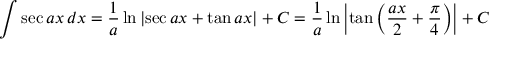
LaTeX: \int \sec { a x } \, d x = { \frac { 1 } { a } } \ln { \left| \sec { a x } + \tan { a x } \right| } + C = { \frac { 1 } { a } } \ln { \left| \tan { \left( { \frac { a x } { 2 } } + { \frac { \pi } { 4 } } \right) } \right| } + C